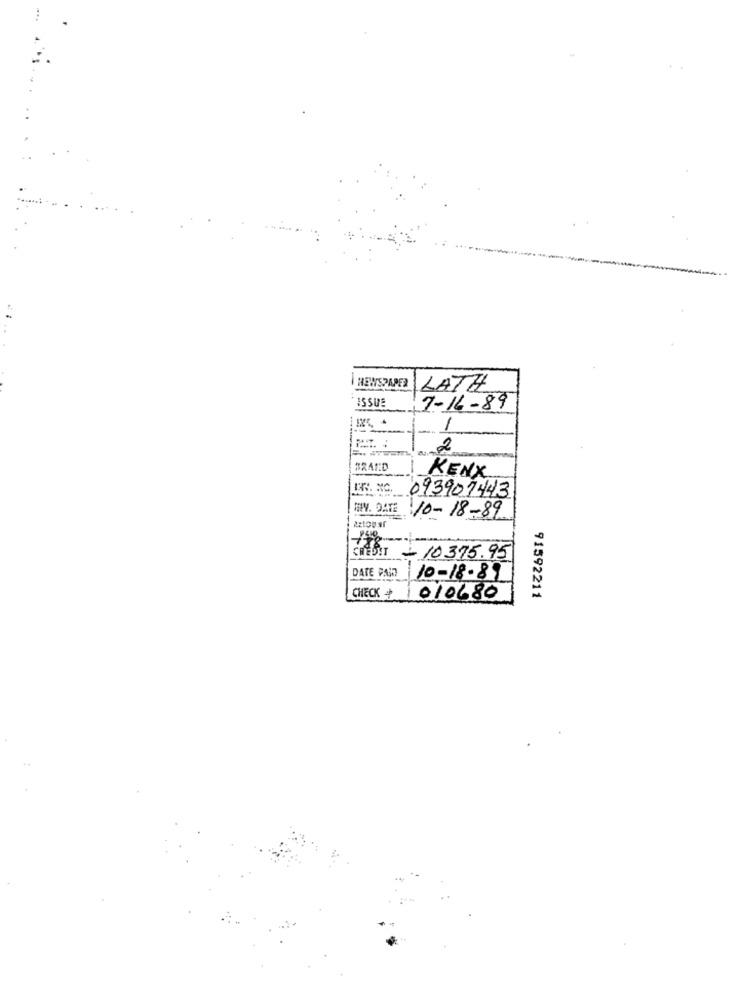
RENSPAPER LATH
ISSUE
7-16-89
1
2
KENX
093901443
WV. DATE
10-18-89
CREDIT -10375.95
DATE PAI
10-18-89
CHECK +
010680
91592211